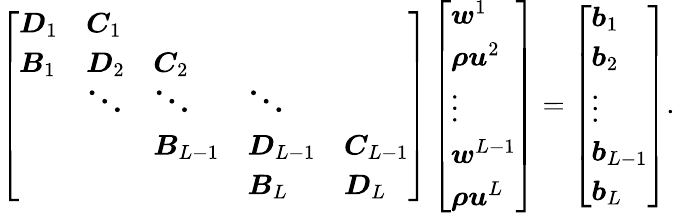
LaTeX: \left[\begin{array}{lllll}{\boldsymbol{D}_{1}}&{\boldsymbol{C}_{1}}&&&\\ {\boldsymbol{B}_{1}}&{\boldsymbol{D}_{2}}&{\boldsymbol{C}_{2}}&&\\ &{\boldsymbol{\ddots}}&{\boldsymbol{\ddots}}&{\boldsymbol{\ddots}}&\\ &&{\boldsymbol{B}_{L-1}}&{\boldsymbol{D}_{L-1}}&{\boldsymbol{C}_{L-1}}\\ &&&{\boldsymbol{B}_{L}}&{\boldsymbol{D}_{L}}\end{array}\right]\left[\begin{array}{l}{\boldsymbol{w}^{1}}\\ {\boldsymbol{\rho u}^{2}}\\ {\boldsymbol{\vdots}}\\ {\boldsymbol{w}^{L-1}}\\ {\boldsymbol{\rho u}^{L}}\end{array}\right]=\left[\begin{array}{l}{\boldsymbol{b}_{1}}\\ {\boldsymbol{b}_{2}}\\ {\boldsymbol{\vdots}}\\ {\boldsymbol{b}_{L-1}}\\ {\boldsymbol{b}_{L}}\end{array}\right].